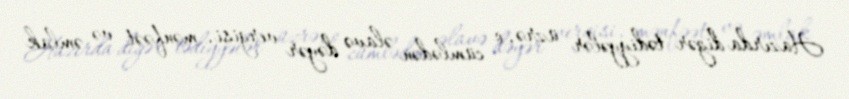
Hazırda digər tədiyyələr üzrə, o cümlədən əlavə dəyər vergisi, mənfəət və əmlak